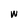
Character: w